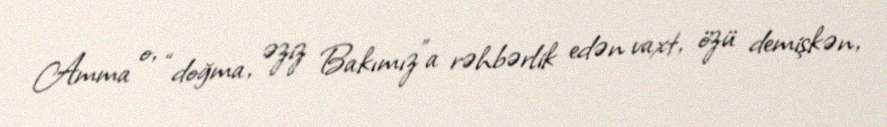
Amma o, “doğma, əziz Bakımız”a rəhbərlik edən vaxt, özü demişkən,